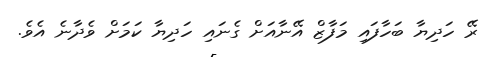
ރޭ ހަދިޔާ ބަހާފައި މަފާޒް އޭނާއަށް ގެނައި ހަދިޔާ ކަމަށް ވެދާނެ އެވެ.